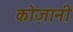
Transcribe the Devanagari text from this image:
कोज़ानी